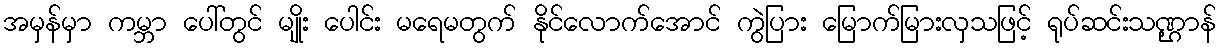
အမှန်မှာ ကမ္ဘာ ပေါ်တွင် မျိုး ပေါင်း မရေမတွက် နိုင်လောက်အောင် ကွဲပြား မြောက်မြားလှသဖြင့် ရုပ်ဆင်းသဏ္ဌာန်